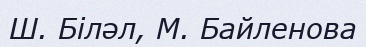
Ш. Біләл, М. Байленова